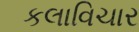
કલાવિચાર